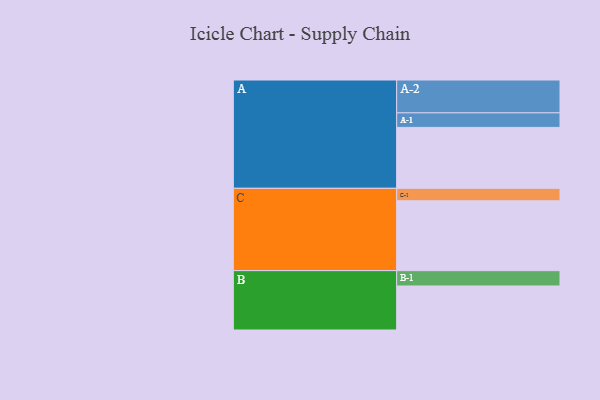
{"axis": {"x": "Segment", "y": "Value"}, "legend": ["", "A", "B", "C"], "data": [{"x": "A", "y": 469, "type": ""}, {"x": "B", "y": 339, "type": ""}, {"x": "C", "y": 538, "type": ""}, {"x": "A-1", "y": 112, "type": "A"}, {"x": "A-2", "y": 253, "type": "A"}, {"x": "B-1", "y": 118, "type": "B"}, {"x": "C-1", "y": 96, "type": "C"}]}